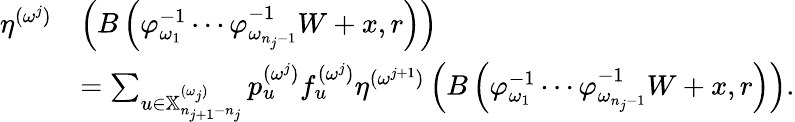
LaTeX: \begin{array}{rl}{\eta^{(\omega^{j})}}&{\left(B\left(\varphi_{\omega_{1}}^{-1}\cdots\varphi_{\omega_{n_{j}-1}}^{-1}W+x,r\right)\right)}\\ &{=\sum_{u\in\mathbb{X}_{n_{j+1}-n_{j}}^{(\omega_{j})}}p_{u}^{(\omega^{j})}f_{u}^{(\omega^{j})}\eta^{(\omega^{j+1})}\left(B\left(\varphi_{\omega_{1}}^{-1}\cdots\varphi_{\omega_{n_{j}-1}}^{-1}W+x,r\right)\right).}\end{array}